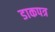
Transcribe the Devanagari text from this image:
डाकपत्र